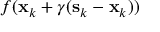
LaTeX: f ( \mathbf { x } _ { k } + \gamma ( \mathbf { s } _ { k } - \mathbf { x } _ { k } ) )